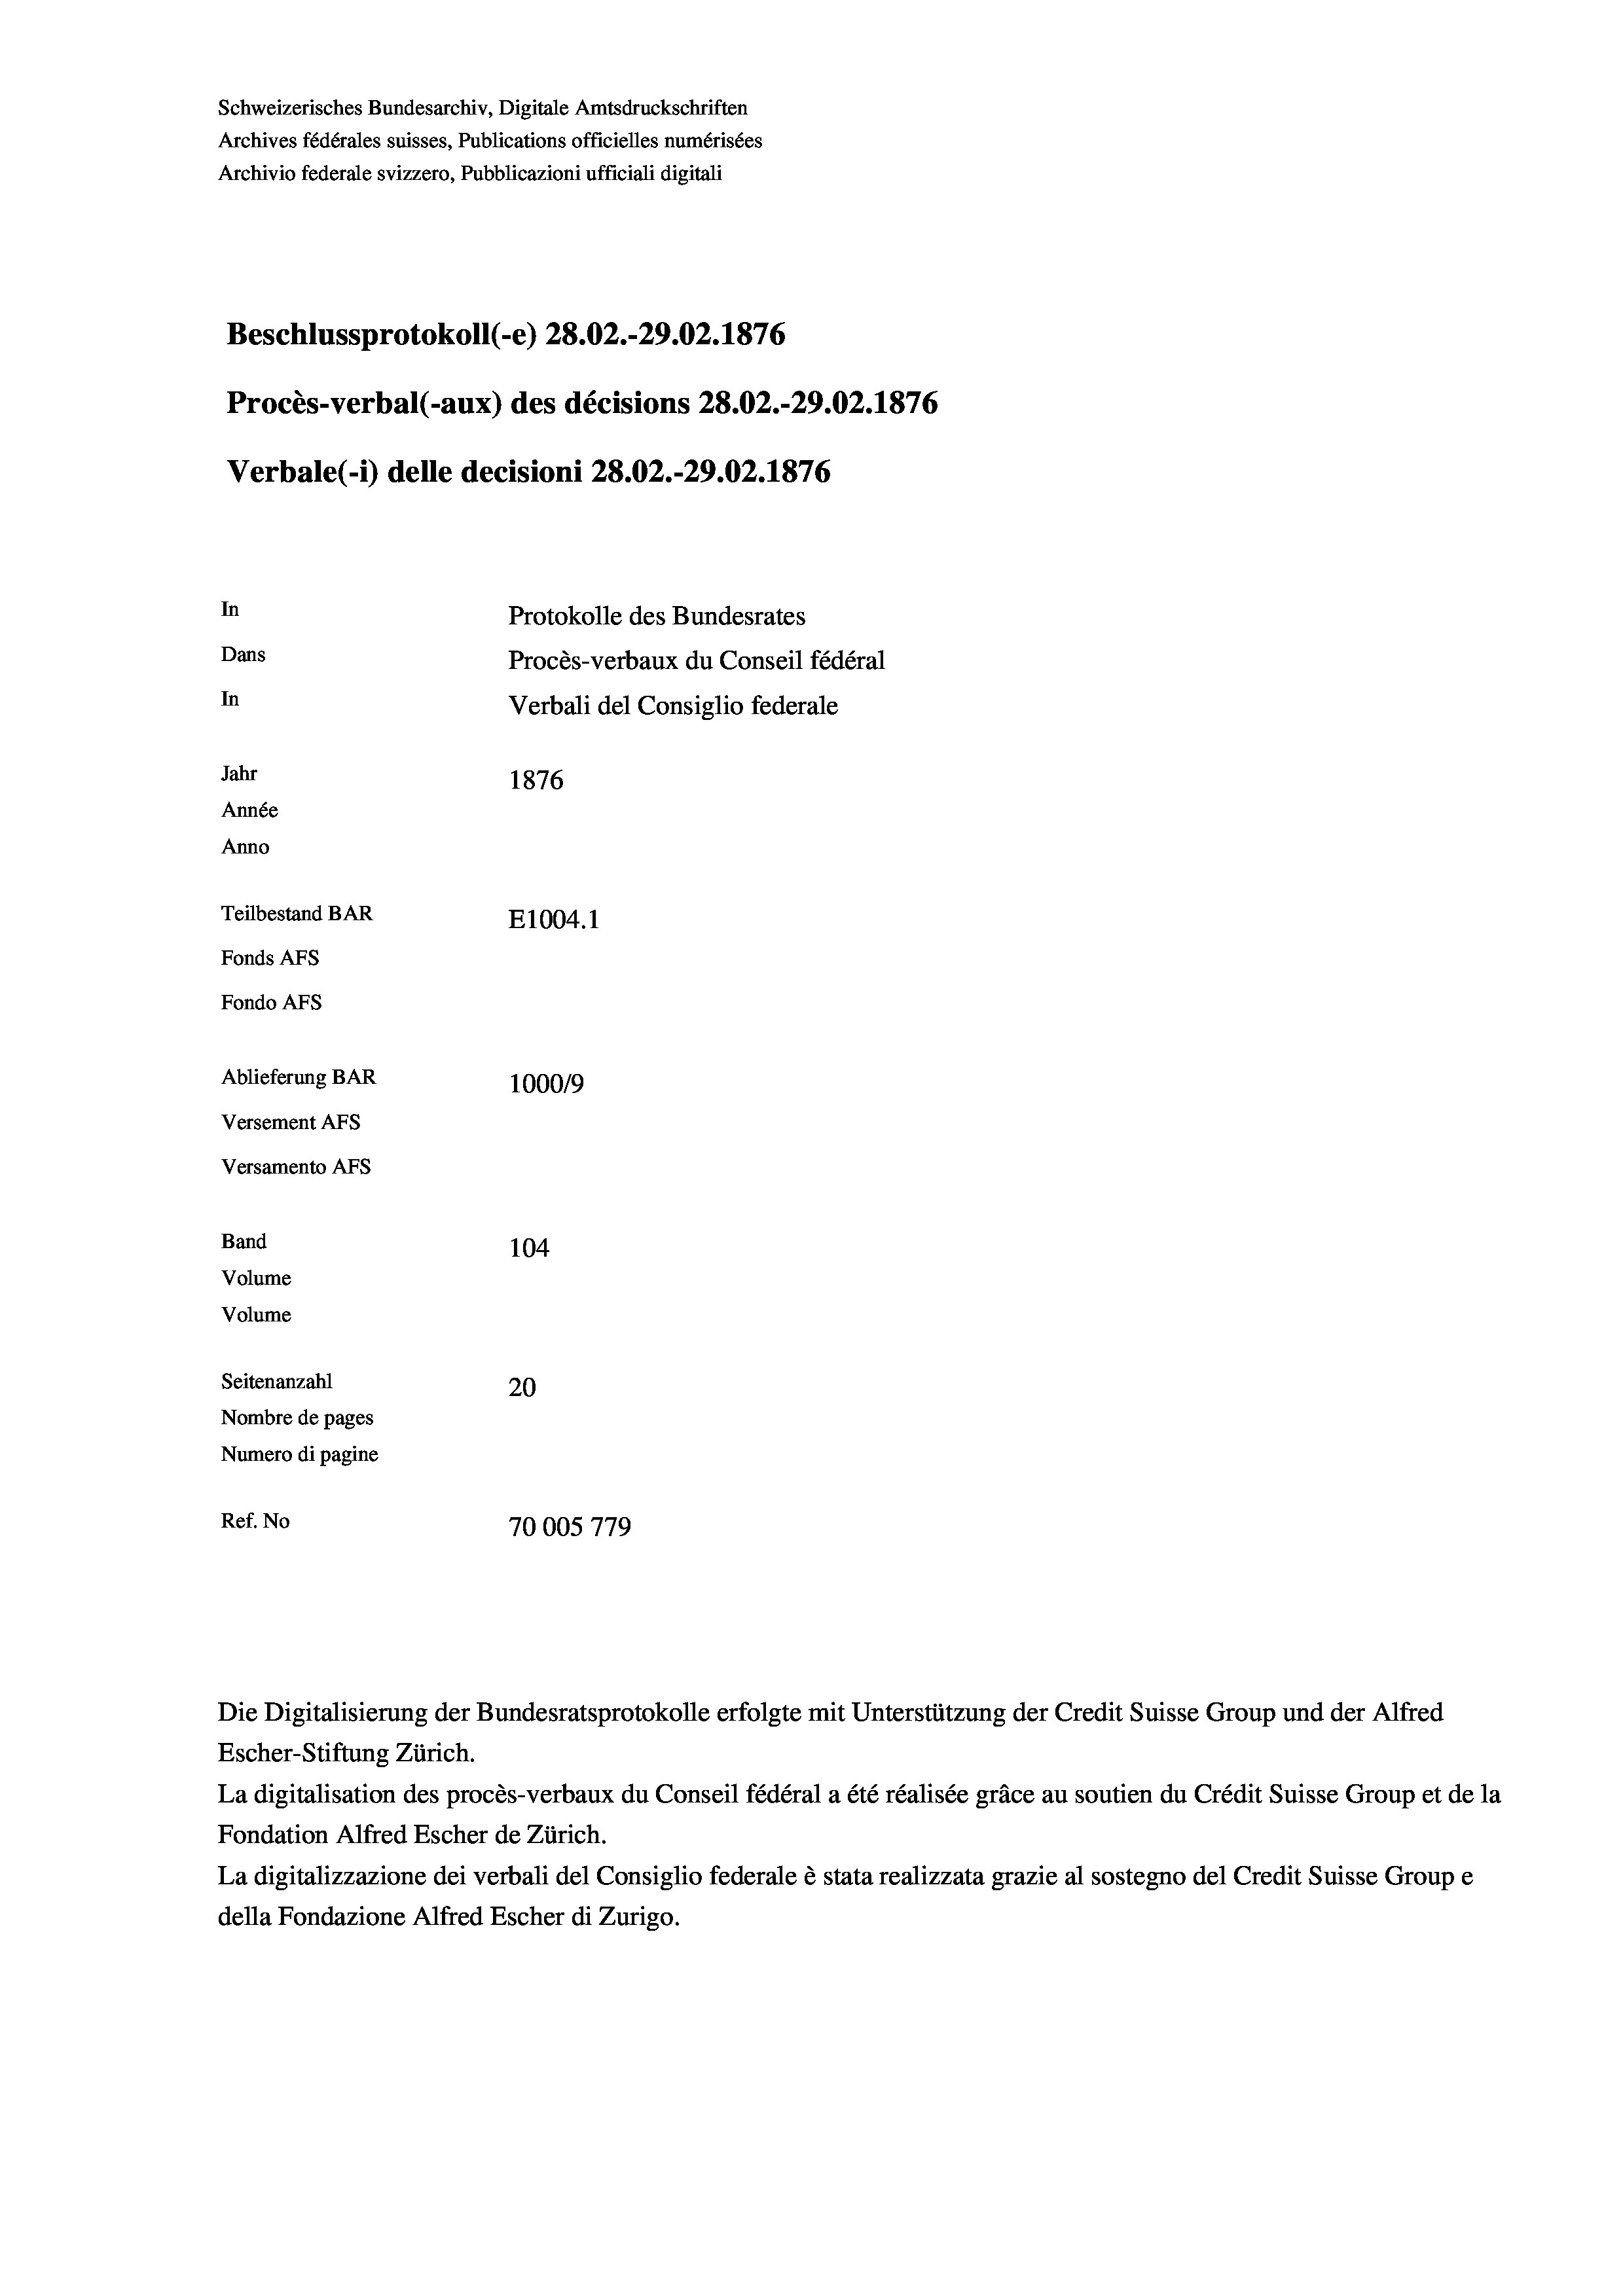
Schweizerisches Bundesarchiv, Digitale Amtsdruckschriften
Archives fédérales suisses, Publications officielles numérisées
Archivio federale svizzero, Pubblicazioni ufficiali digitali
Beschlussprotokoll (-e) 28.02.-29.02. 1876
Procès-verbal (-aux) des décisions 28.02.-29.02. 1876
Verbale(1) delle decisioni 28.02.-29.02. 1876
In
Protokolle des Bundesrates
Dans
Procès-verbaux du Conseil fédéral
In
Verbali del Consiglio federale
Jahr
1876
Année
Anno
Teilbestand BAR
E1004.1
Fonds AFs
Fondo Afs
Ablieferung BAR
100019
Versement AFs
Versamento AFs
Band
104
Volume
Volume
Seitenanzahl
20
Nombre de pages
Numero di pagine
Ref. No
70005779

Die Digitalisierung der Bundesratsprotokolle erfolgte mit Unterstützung der Credit Suisse Group und der Alfred

Escher-Stiftung Zürich.
La digitalisation des procès-verbaux du Conseil fédéral a été réalisée gräce au soutien du Crédit Suisse Group et de la
Fondation Alfred Escher de Zürich.
La digitalizzazione dei verbali del Consiglio federale è stata realizzata grazie al sostegno del Credit Suisse Groupe
della Fondazione Alfred Escher di Zurigo.